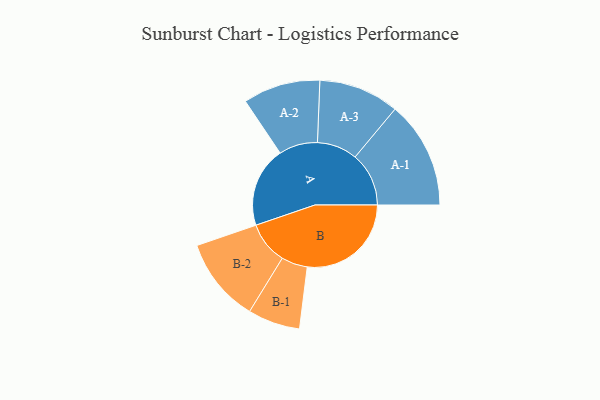
{"axis": {"x": "Segment", "y": "Value"}, "legend": ["", "A", "B"], "data": [{"x": "A", "y": 353, "type": ""}, {"x": "B", "y": 457, "type": ""}, {"x": "A-1", "y": 236, "type": "A"}, {"x": "A-2", "y": 170, "type": "A"}, {"x": "A-3", "y": 177, "type": "A"}, {"x": "B-1", "y": 115, "type": "B"}, {"x": "B-2", "y": 186, "type": "B"}]}